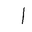
Letter: _alif